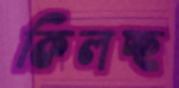
কিলচ্ছ